Leaving Certificate Examination (including Day School Certificate (Higher) General paper), 1928
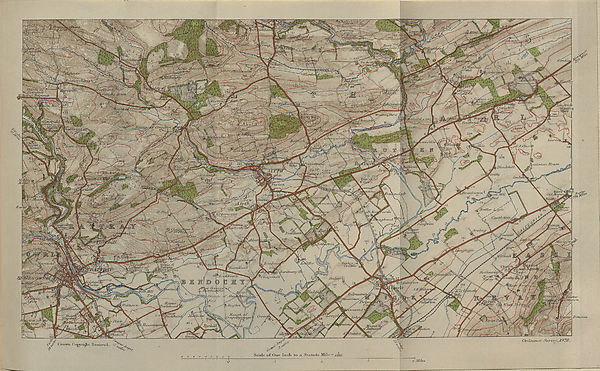
HIGHER GEOG.
(MAP.)
LEAVING CERTIFICATE EXAMINATION, 1928.
SOIBNOE.
HIGKHER, Q-RADJB—(aB30GH4^-FH:Y).
M AP .
FILL, THIS IN FIRST.
Name of School
Name of Pupil-
TO BE PINNED INSIDE THE CANDIDATE’S BOOK OF ANSWERS
AND THUS SENT TO THE DEPARTMENT.
[OVER.